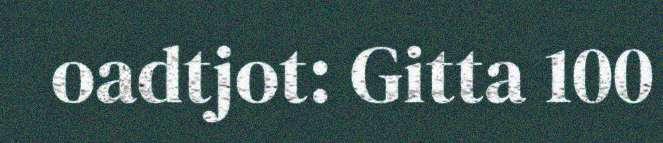
oadtjot: Gitta 100